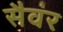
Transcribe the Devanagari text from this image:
सैवंर